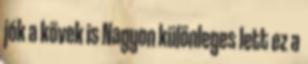
jók a kövek is Nagyon különleges lett ez a